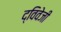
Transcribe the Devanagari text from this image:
द्विवेजी